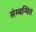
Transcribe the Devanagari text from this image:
संम्बन्धित